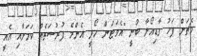
މެޗަށް ފަހު ގާޑިއޯލާ ބުނީ "އެވަޓަން ހޯދީ އެންމެ ފުރުސަތެއް ކަމަށާއި އެއީ